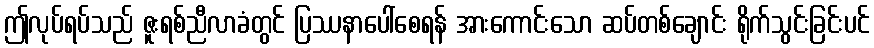
ဤလုပ်ရပ်သည် ဇူးရစ်ညီလာခံတွင် ပြဿနာပေါ်စေရန် အားကောင်းသော ဆပ်တစ်ချောင်း ရိုက်သွင်းခြင်းပင်